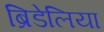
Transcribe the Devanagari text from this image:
ब्रिडेलिया